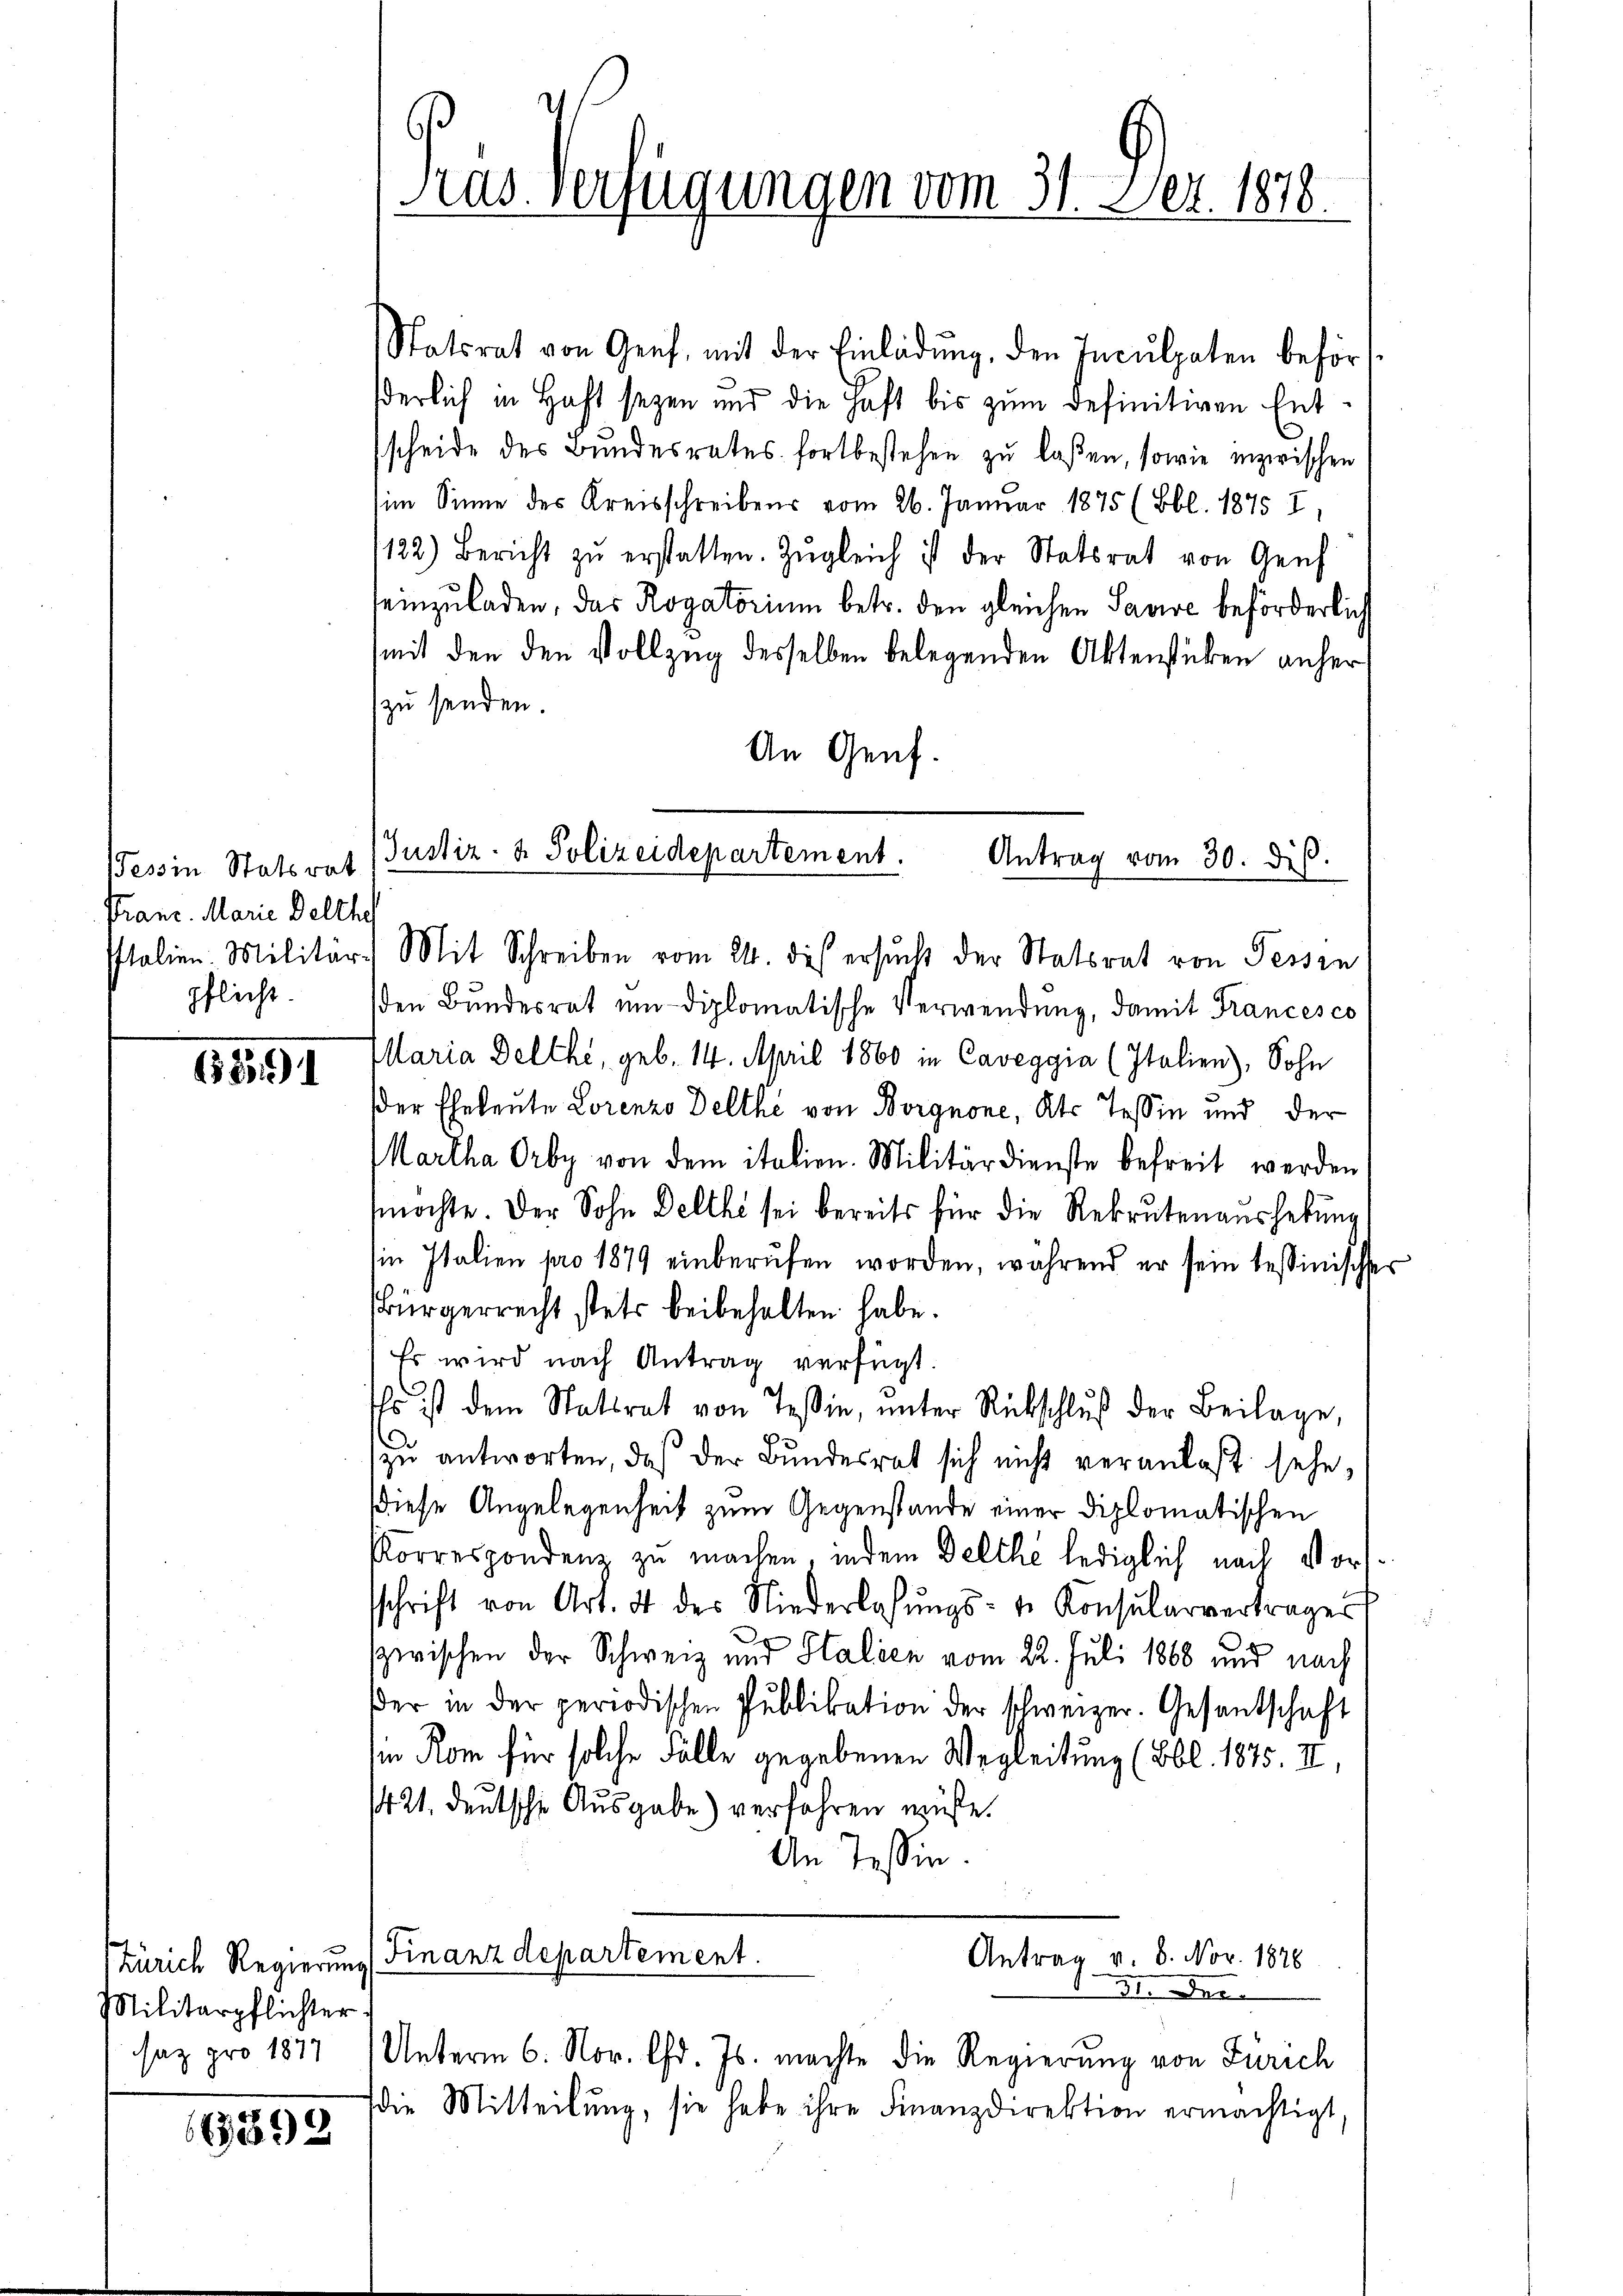
Tessin Statsrat
Franz. Marie Delthe
Italien. Militär-
pflicht.

1851

Zürich Regierung
Militärpflichter
saz pro 1877

63892

Kas Verfügungen vom 31. Dez. 1878.

Justiz- & Polizeidepartement.
Antrag vom 30. diβ.

Statsrat von Genf mit der Einladŭng, den Inculpaten behör
derlich in Haft seyen und die Haft bis zum definitiven Entscheide des Bundesrates fortbestehen zu laßen, sowie inzwischen
im Sinne des Kreisschreibens vom 26. Januar 1875 (Bbl. 1875 I
122) Bericht zŭ erstatten. Zŭgleich ist der Statsrat von Genf
einzuladen, das Rogatorium betr. den gleichen Savise beförderlich
mit den den Vollzug desselben belegenden Aktenstücken anher
zu senden.
An Genf.
Mit Schreiben vom 24. des ersucht der Statsrat von Tessin
den Bundesrat um diplomatische Verwendung, damit Francesco
Maria Delthi, geb. 14. April 1860 in Caveggia (Italien), Sohn
der Eheleute Lorenzo Delthe von Borgnone, Kt. Teßin und der
Martha Orby von dem italien. Militärdienste befreit werden
möchte. Der Sohn Delthe sei bereits für die Rekrutenaushebung
in Italien pro 1879 einberufen worden, während er sein tessinische
Bürgerrecht stets beibehalten habe.
Er wird nach Antrag verfügt:
Es ist dem Statsrat von Tessin, ŭnter Rückschluß der Beilage,
zu antworten, daß der Bundesrat sich nicht veranlaßt sehe,
diese Angelegenheit zum Gegenstände einer diplomatischen
Korrespondenz zu machen, indem Delche lediglich nach Vorschrift von Art. 4 des Niederlassŭngs- u. Konsularvertrages
zwischen der Schweiz und Halien vom 22. Juli 1868 und nach
er in der periodischen Pŭblikation der schweizer. Gesandschaft
in Rom für solche Fälle gegebenen Wegleitung (Bbl. 1875. II,
421. deutsche Ausgabe) verfahren müsse.
An Tessin.
Finanzdepartement.
Antrag v. 6. Nov. 1876
191. Der
Unterm 6. Nov. lfd. Js. machte die Regierung von Zürich
die Mitteilŭng, sie habe ihre Finanzdirektion ermächtigt,